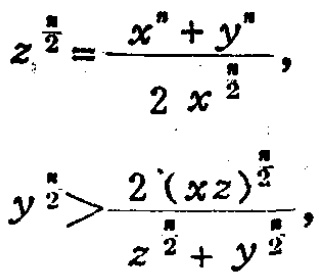
\[
z^{\frac{n}{2}}=\frac{x^{n}+y^{n}}{2x^{\frac{n}{2}}},
\]
\[
y^{\frac{n}{2}}>\frac{2(xz)^{\frac{n}{2}}}{z^{\frac{n}{2}}+y^{\frac{n}{2}}},
\]